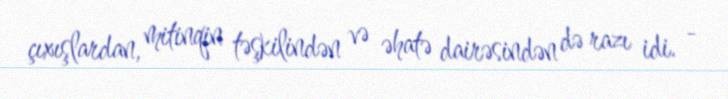
çıxışlardan, mitinqin təşkilindən və əhatə dairəsindən də razı idi. -